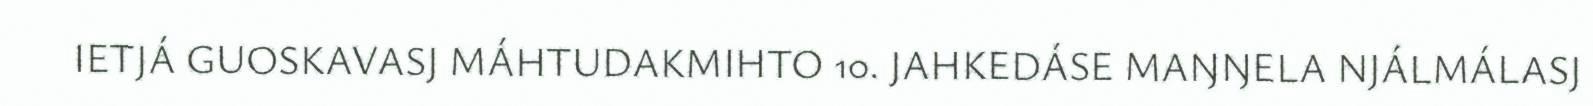
IETJÁ GUOSKAVASJ MÁHTUDAKMIHTO 10. JAHKEDÁSE MAŊŊELA NJÁLMÁLASJ